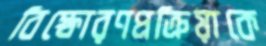
বিস্ফোরণপ্রক্রিয়াকে